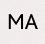
MA